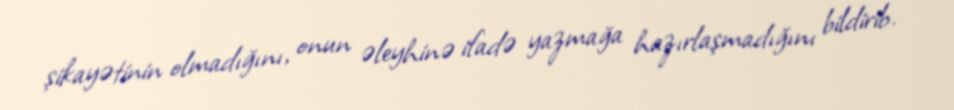
şikayətinin olmadığını, onun əleyhinə ifadə yazmağa hazırlaşmadığını bildirib.